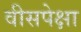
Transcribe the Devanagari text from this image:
वीसपेक्षा